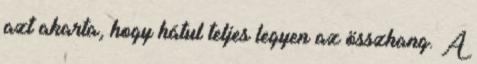
azt akarta, hogy hátul teljes legyen az összhang. A